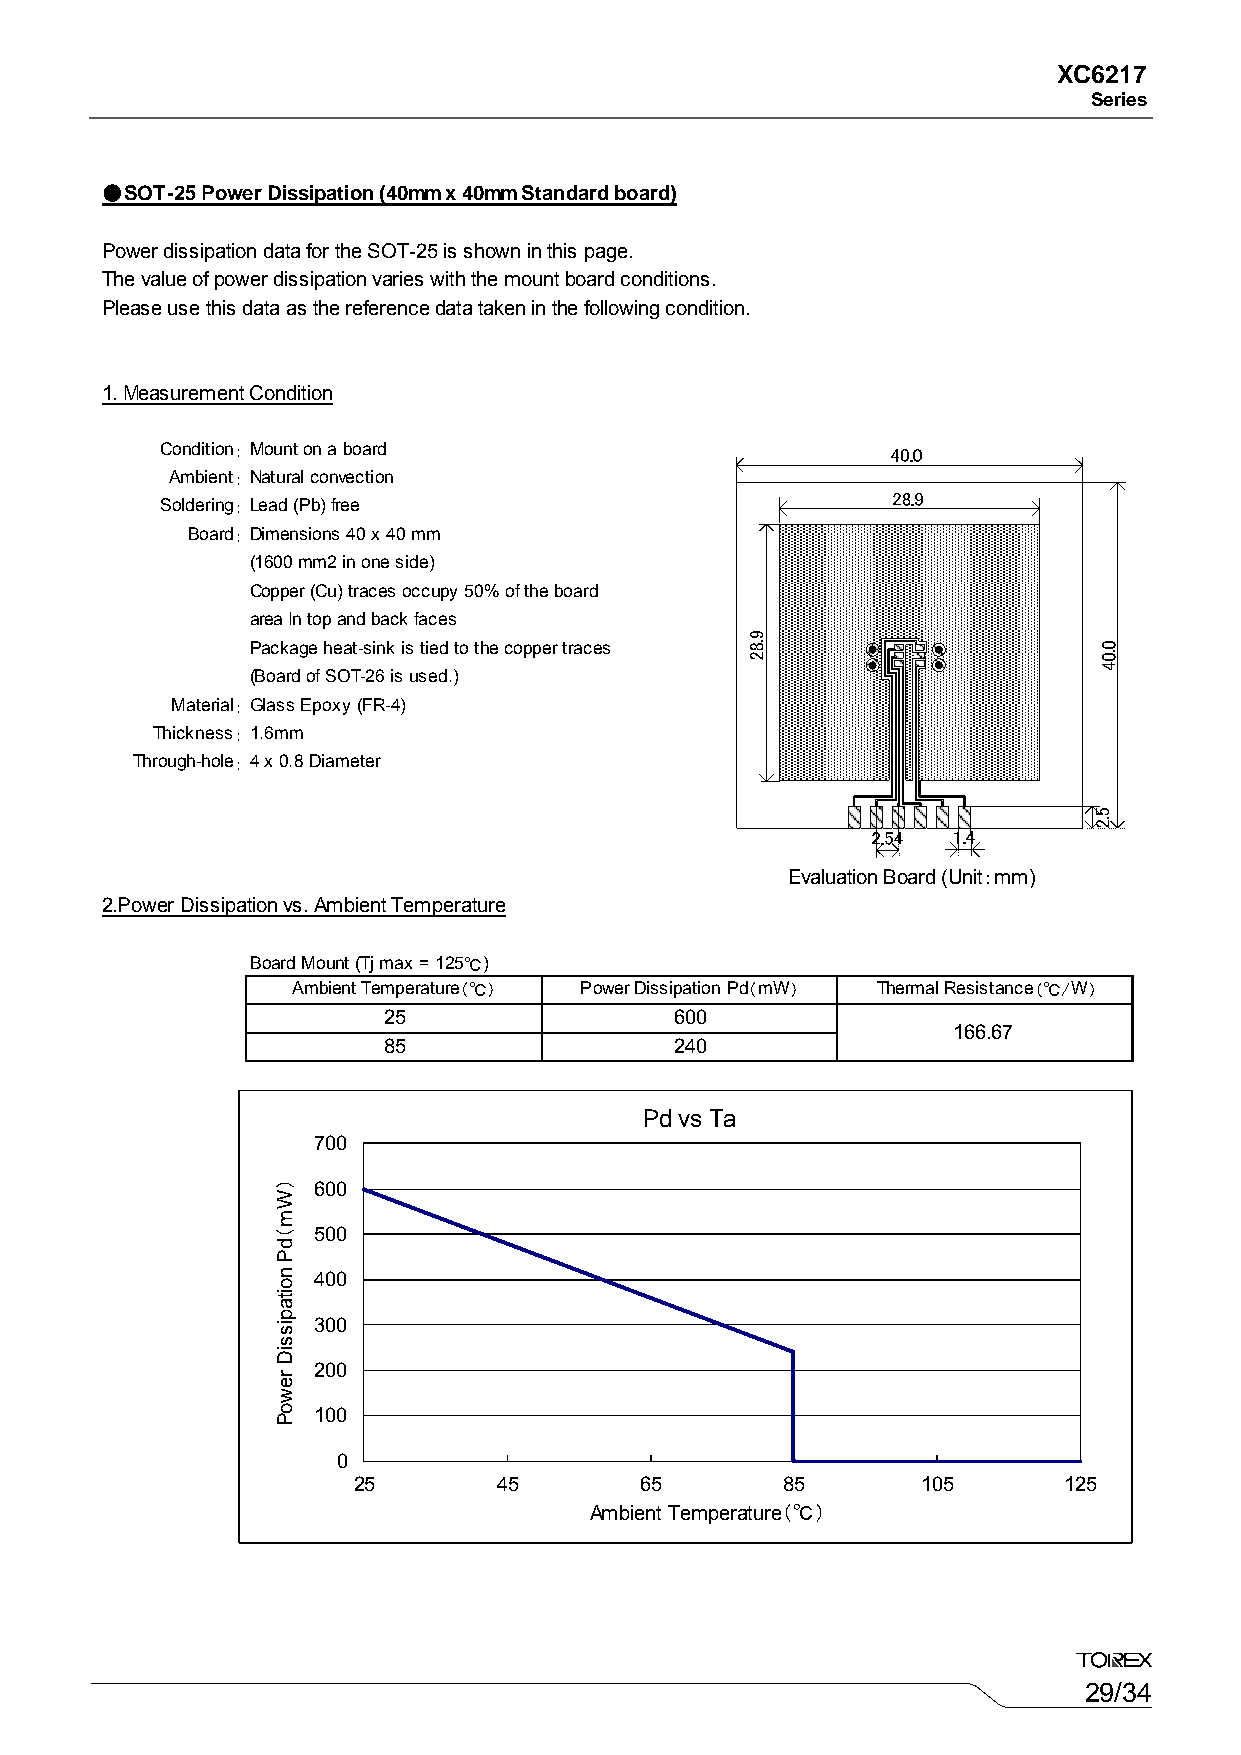
XC6217
 Series
 ●SOT-25 Power Dissipation (40mm x 40mm Standard board)
 Power dissipation data for the SOT-25 is shown in this page.
 The value of power dissipation varies with the mount board conditions.
 Please use this data as the reference data taken in the following condition.
 1. Measurement Condition
 Condition： Mount on a board
 Ambient： Natural convection
 Soldering： Lead (Pb) free
 Board： Dimensions 40 x 40 mm
 (1600 mm2 in one side)
 Copper (Cu) traces occupy 50% of the board
 area In top and back faces
 Package heat-sink is tied to the copper traces
 (Board of SOT-26 is used.)
 Material： Glass Epoxy (FR-4)
 Thickness： 1.6mm
 Through-hole： 4 x 0.8 Diameter
 Evaluation Board (Unit：mm)
 2.Power Dissipation vs. Ambient Temperature
 Board Mount (Tj max = 125℃)
 Ambient Temperature（℃） Power Dissipation Pd（mW） Thermal Resistance (℃/W)
 25                  600
 166.67
 85                  240
 Pd vs Ta
 700
 600
 500
 400
 300
 200
 100
 0
 25        45       65        85       105      125
 Ambient Temperature（℃）
 29/34
 ）Wm（dP
 noitapissiD
 rewoP